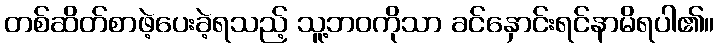
တစ်ဆိတ်စာဖဲ့ပေးခဲ့ရသည့် သူ့ဘဝကိုသာ ခင်နှောင်းရင်နာမိရပါ၏။